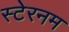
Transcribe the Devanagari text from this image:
स्टेरनम